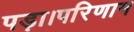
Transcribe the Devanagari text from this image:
पड़ा।परिणाम